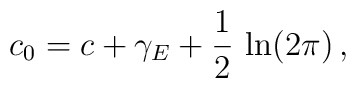
c_0=c+\gamma_E+\frac{1}{2}\, \ln(2\pi)\, ,